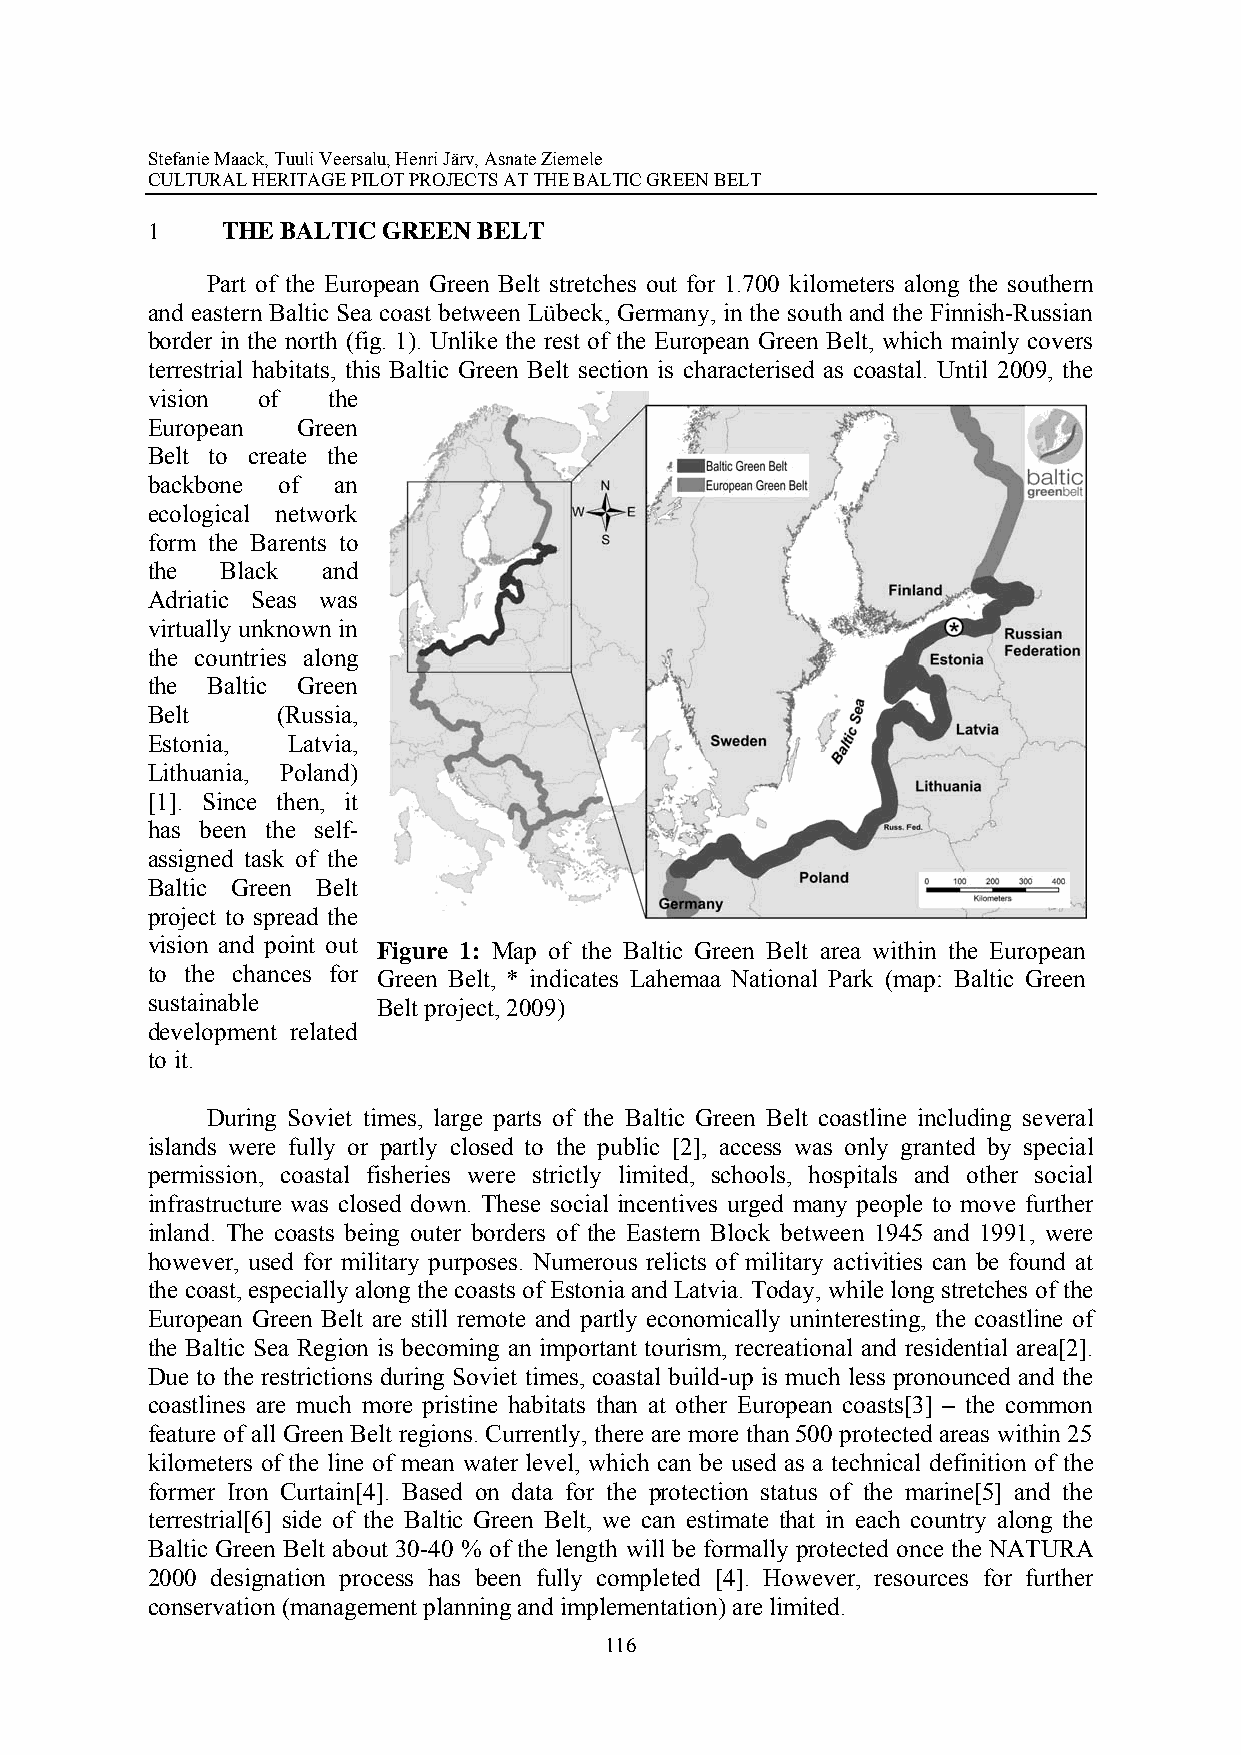
Stefanie Maack, Tuuli Veersalu, Henri Järv, Asnate Ziemele
 CULTURAL HERITAGE PILOT PROJECTS AT THE BALTIC GREEN BELT
 1    THE BALTIC GREEN BELT
 Part of the European Green Belt stretches out for 1.700 kilometers along the southern
 and eastern Baltic Sea coast between Lübeck, Germany, in the south and the Finnish-Russian
 border in the north (fig. 1). Unlike the rest of the European Green Belt, which mainly covers
 terrestrial habitats, this Baltic Green Belt section is characterised as coastal. Until 2009, the
 vision of   the
 European  Green
 Belt to create the
 backbone of an
 ecological network
 form the Barents to
 the  Black and
 Adriatic Seas was
 virtually unknown in
 the countries along
 the Baltic Green
 Belt    (Russia,
 Estonia, Latvia,
 Lithuania, Poland)
 [1]. Since then, it
 has been the self-
 assigned task of the
 Baltic Green Belt
 project to spread the
 vision and point out Figure 1: Map of the Baltic Green Belt area within the European
 to the chances for Green Belt, * indicates Lahemaa National Park (map: Baltic Green
 sustainable    Belt project, 2009)
 development related
 to it.
 During Soviet times, large parts of the Baltic Green Belt coastline including several
 islands were fully or partly closed to the public [2], access was only granted by special
 permission, coastal fisheries were strictly limited, schools, hospitals and other social
 infrastructure was closed down. These social incentives urged many people to move further
 inland. The coasts being outer borders of the Eastern Block between 1945 and 1991, were
 however, used for military purposes. Numerous relicts of military activities can be found at
 the coast, especially along the coasts of Estonia and Latvia. Today, while long stretches of the
 European Green Belt are still remote and partly economically uninteresting, the coastline of
 the Baltic Sea Region is becoming an important tourism, recreational and residential area[2].
 Due to the restrictions during Soviet times, coastal build-up is much less pronounced and the
 coastlines are much more pristine habitats than at other European coasts[3] – the common
 feature of all Green Belt regions. Currently, there are more than 500 protected areas within 25
 kilometers of the line of mean water level, which can be used as a technical definition of the
 former Iron Curtain[4]. Based on data for the protection status of the marine[5] and the
 terrestrial[6] side of the Baltic Green Belt, we can estimate that in each country along the
 Baltic Green Belt about 30-40 % of the length will be formally protected once the NATURA
 2000 designation process has been fully completed [4]. However, resources for further
 conservation (management planning and implementation) are limited.
 116